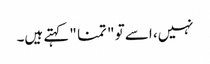
نہیں، اسے تو " تمنا " کہتے ہیں۔